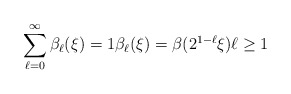
\begin{align*}\sum_{\ell=0}^\infty \beta_\ell (\xi) = 1 \beta_\ell (\xi) = \beta(2^{1-\ell}\xi) \ell \geq 1\end{align*}